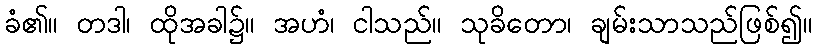
ခံ၏။ တဒါ၊ ထိုအခါ၌။ အဟံ၊ ငါသည်။ သုခိတော၊ ချမ်းသာသည်ဖြစ်၍။